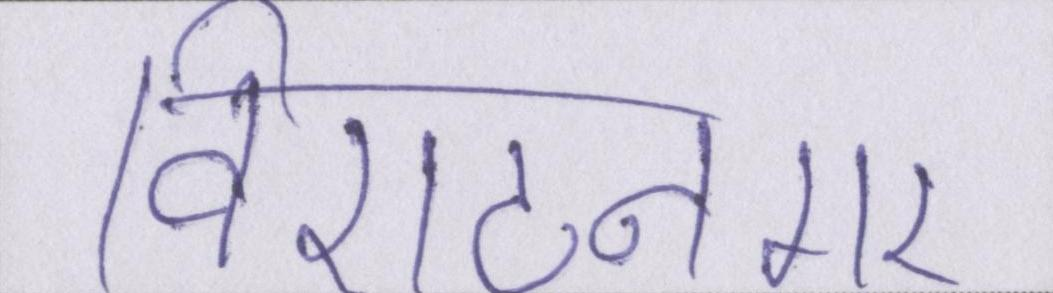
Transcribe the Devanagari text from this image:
विराटनगर